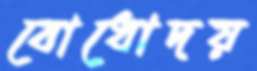
বোধোদয়